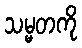
သမ္မတကို